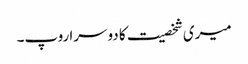
میری شخصیت کا دوسرا روپ۔